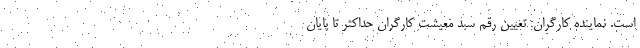
است. نماینده کارگران: تعیین رقم سبد معیشت کارگران حداکثر تا پایان